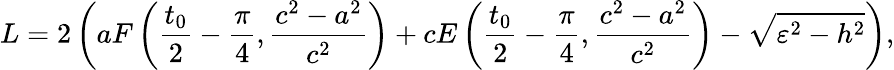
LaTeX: L=2\left(aF\left(\frac{t_{0}}{2}-\frac{\pi}{4},\frac{c^{2}-a^{2}}{c^{2}}\right)+cE\left(\frac{t_{0}}{2}-\frac{\pi}{4},\frac{c^{2}-a^{2}}{c^{2}}\right)-\sqrt{\varepsilon^{2}-h^{2}}\right),